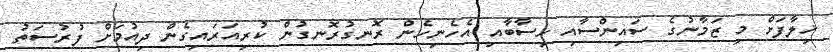
ޚިލާފަށް މި ޒަމާނުގެ ސައިންސާއި ހިސާބާއި އެހެނިހެން ރޮނގުރޮނގުން ކުރިއަރައިގެން ދިއުމަށް ފުރުސަތު